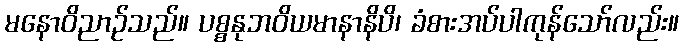
မနောဝိညာဉ်သည်။ ပစ္စနုဘဝိယမာနာနိပိ၊ ခံစားအပ်ပါကုန်သော်လည်း။